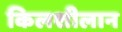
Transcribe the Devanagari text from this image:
किलशीलान